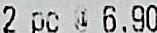
2 PC @ 6.90